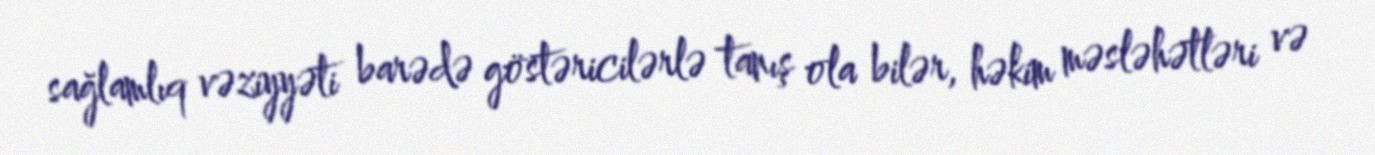
sağlamlıq vəziyyəti barədə göstəricilərlə tanış ola bilər, həkim məsləhətləri və